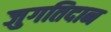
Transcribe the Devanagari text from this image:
जुगतिदान